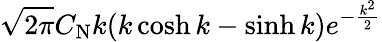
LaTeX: \sqrt{2\pi}C_{\mathrm{N}}k(k\cosh k-\sinh k)e^{-\frac{k^{2}}{2}}